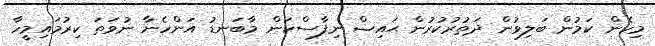
މިހެން ކަމުން ބަލިވުން ދަތުރުކުރުން ޙައިޟް ނިފާސްކަން މާބަނޑު އަންހެނާ ނުވަތަ ކިރުމައިމީހާ